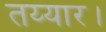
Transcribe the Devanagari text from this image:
तय्यार।